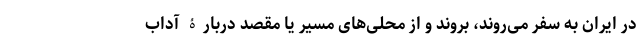
در ایران به سفر می‌روند، بروند و از محلی‌های مسیر یا مقصد دربارۀ آداب